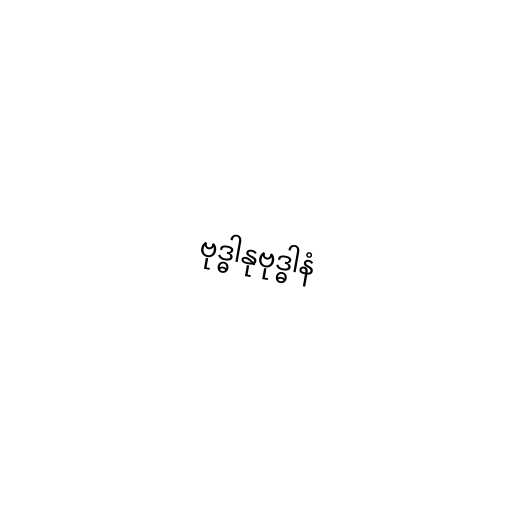
ဗုဒ္ဓါနုဗုဒ္ဓါနံ